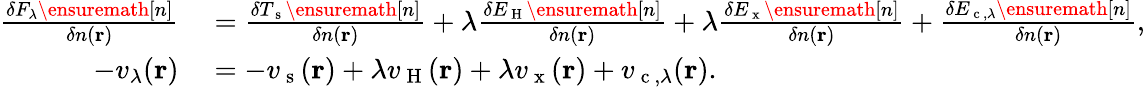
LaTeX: \begin{array}{rl}{\frac{\delta F_{\lambda}\ensuremath{[n]}}{\delta n(\mathbf{r})}}&{{}=\frac{\delta T_{\mathrm{~s~}}\ensuremath{[n]}}{\delta n(\mathbf{r})}+\lambda\frac{\delta E_{\mathrm{~H~}}\ensuremath{[n]}}{\delta n(\mathbf{r})}+\lambda\frac{\delta E_{\mathrm{~x~}}\ensuremath{[n]}}{\delta n(\mathbf{r})}+\frac{\delta E_{\mathrm{~c~},\lambda}\ensuremath{[n]}}{\delta n(\mathbf{r})},}\\ {-v_{\lambda}(\mathbf{r})}&{{}=-v_{\mathrm{~s~}}(\mathbf{r})+\lambda v_{\mathrm{~H~}}(\mathbf{r})+\lambda v_{\mathrm{~x~}}(\mathbf{r})+v_{\mathrm{~c~},\lambda}(\mathbf{r}).}\end{array}